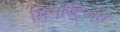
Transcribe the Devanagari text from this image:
मिनस्ट्रिअल